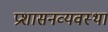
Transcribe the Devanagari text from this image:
प्रशासनव्यवस्था